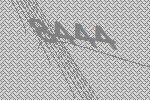
8444